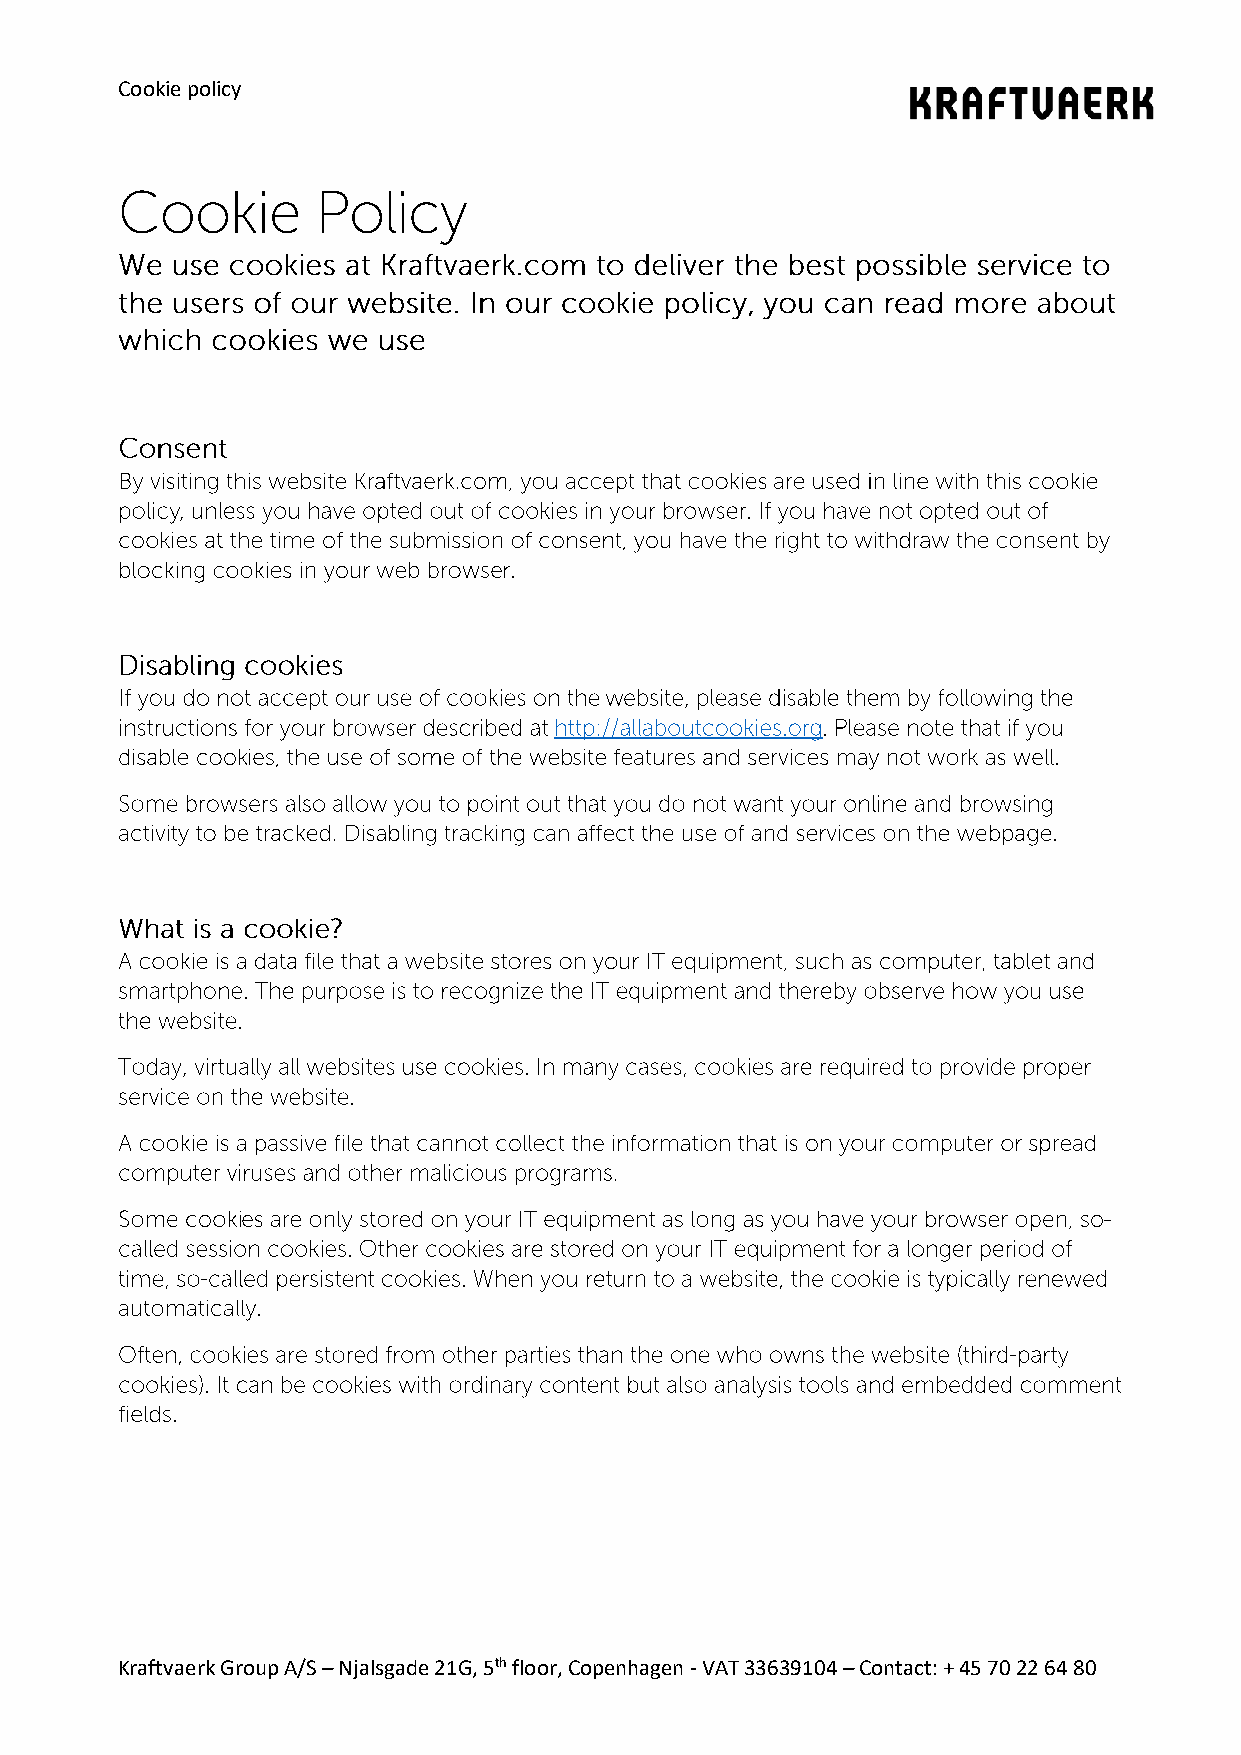
Cookie policy
 Kraftvaerk Group A/S – Njalsgade 21G, 5th floor, Copenhagen - VAT 33639104 – Contact: + 45 70 22 64 80